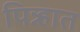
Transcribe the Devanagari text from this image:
पिन्न्हात